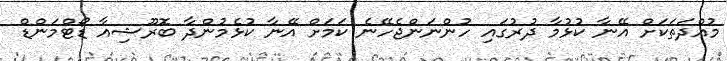
މުއްދަތަކަށް އޭނާ ކުޅުމާ ދުރުގައި ހުންނަންޖެހޭނެ ކަމަށް އޭނާ ކުޅެމުންދާ ބޮރޫޝިއާ ޑޯޓްމަންޑް